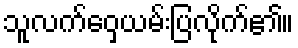
သူလက်ဝှေ့ယမ်းပြလိုက်၏။